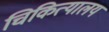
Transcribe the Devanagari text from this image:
चिकित्यालय